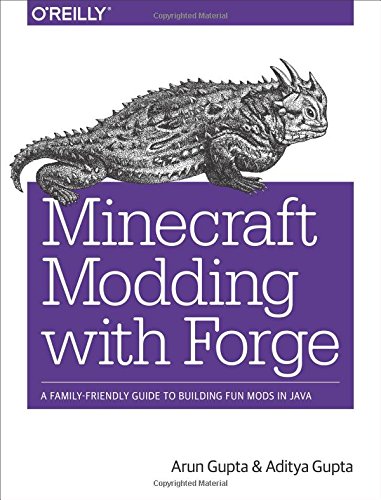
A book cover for Minecraft Modding with Forge: A Family-Friendly Guide to Building Fun Mods in Java; Arun Gupta; Humor & Entertainment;